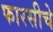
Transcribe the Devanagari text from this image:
फारसीचे